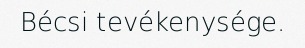
Bécsi tevékenysége.